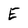
Character: E